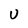
Character: U